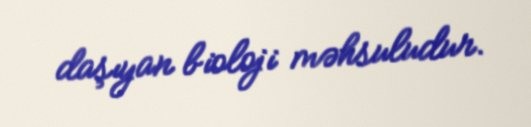
daşıyan bioloji məhsuludur.